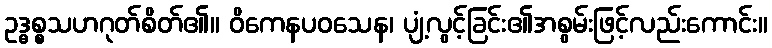
ဥဒ္ဓစ္စသဟဂုတ်စိတ်၏။ ဝိကေနပဝသေန၊ ပျံ့လွင့်ခြင်း၏အစွမ်းဖြင့်လည်းကောင်း။